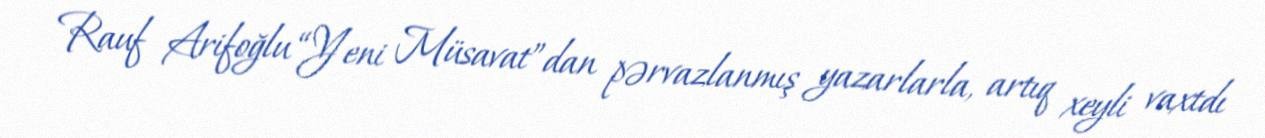
Rauf Arifoğlu “Yeni Müsavat”dan pərvazlanmış yazarlarla, artıq xeyli vaxtdı